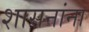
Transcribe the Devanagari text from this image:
शासनांना